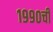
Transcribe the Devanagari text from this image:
१९९०ची